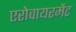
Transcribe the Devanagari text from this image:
एरोवायरमेंट